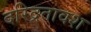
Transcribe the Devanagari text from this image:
दरिद्रतावश